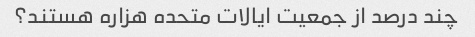
چند درصد از جمعیت ایالات متحده هزاره هستند؟